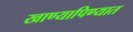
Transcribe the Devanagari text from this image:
खाण्यापिण्यात